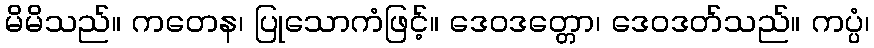
မိမိသည်။ ကတေန၊ ပြုသောကံဖြင့်။ ဒေဝဒတ္တော၊ ဒေဝဒတ်သည်။ ကပ္ပံ၊